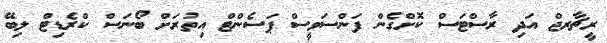
ރީޗާރޖް އަދި ރާސްޓަސް ކޮށްގެން ފަންސަވީސް ޕަސެންޓް އިތުރަށް ބޯނަސް ކްރެޑިޓް ލިބޭ